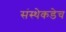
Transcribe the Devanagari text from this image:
संस्थेकडेच